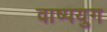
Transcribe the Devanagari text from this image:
वाष्पयुग